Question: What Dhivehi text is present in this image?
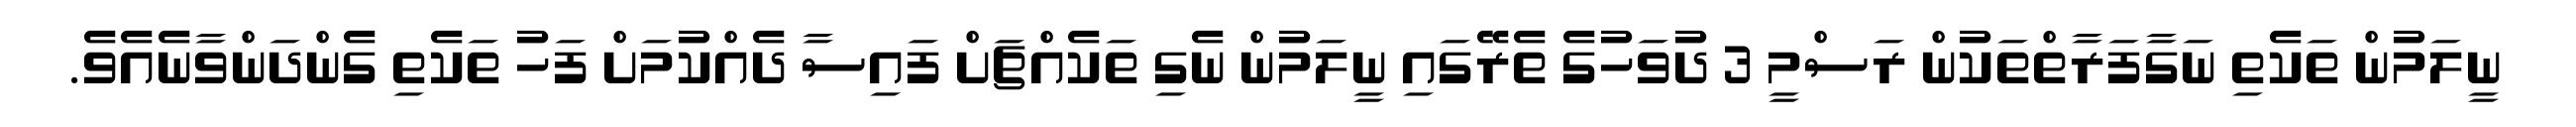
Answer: ނީލަމުން ތަކެތި ނަގާފަރާތްތަކުން ރަސްމީ 3 ދުވަހުގެ ތެރޭގައި ނީލަމުން ނެގި ތަކެއްޗަށް ފައިސާ ދެއްކުމަށް ފަހު ތަކެތި ގެންދަންވާނެއެވެ.